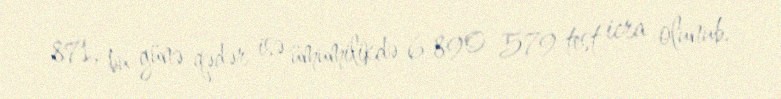
871, bu günə qədər isə ümumilikdə 6 890 579 test icra olunub.